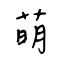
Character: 萌